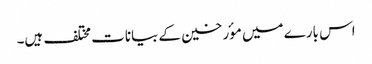
اس بارے میں موٴرخین کے بیانات مختلف ہیں۔